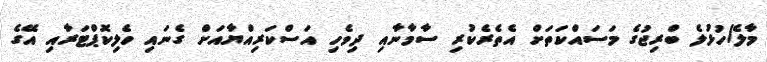
މާލެ/ހުޅުލެ ބްރިޖުގެ މަސައްކަތަށް އެތެރެކުރި ސާމާނާއި ދިވެހި އަސްކަރިއްޔާއަށް ގެނައި ހެލިކޮޕްޓަރާއި އޭގެ